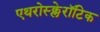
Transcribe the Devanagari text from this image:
एथरोस्क्लेरॉटिक